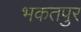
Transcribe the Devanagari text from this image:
भकतपुर